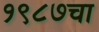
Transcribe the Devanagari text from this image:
१९८७चा